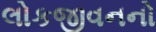
લોકજીવનનો